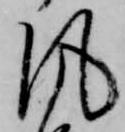
風